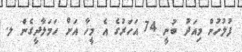
ފުލުހުން މިއަދު ބުނީ 74 އަހަރުގެ އެ މީހާ އަށް ހަމަލާދީގެން ލ.